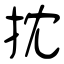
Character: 抌